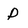
Character: P